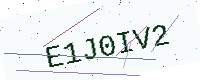
Text: E1J0IV2